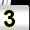
Digit: 3